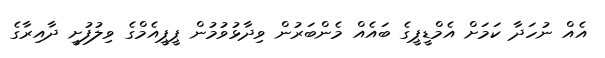
އެއް ނުހަދާ ކަމަށް އެމްޑީޕީގެ ބައެއް މެންބަރުން ވިދާޅުވުމުން ޕީޕީއެމްގެ ވިލުފުށީ ދާއިރާގެ